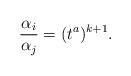
LaTeX: \begin{align*} \frac{\alpha_{i}}{\alpha_{j}}=(t^{a})^{k+1}.\end{align*}